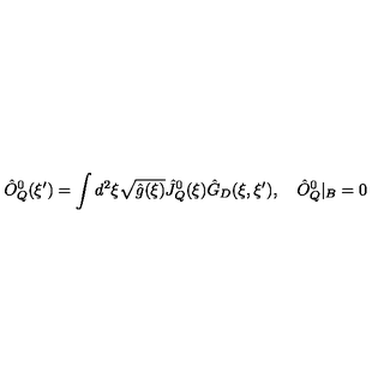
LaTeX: { \hat { O } _ { Q } ^ { 0 } } ( \xi ^ { \prime } ) = \int { d ^ { 2 } } \xi \sqrt { \hat { g } ( \xi ) } { \hat { J } _ { Q } ^ { 0 } } ( \xi ) { \hat { G } _ { D } } ( \xi , \xi ^ { \prime } ) , \quad { \hat { O } _ { Q } ^ { 0 } } { | _ { B } } = 0